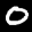
Label: 0